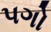
પગો